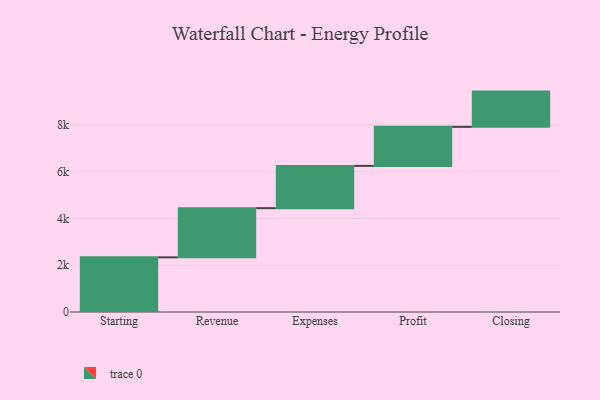
{"axis": {"x": "Step", "y": "Value"}, "legend": [""], "data": [{"x": "Starting", "y": 2339.0, "type": ""}, {"x": "Revenue", "y": 2103.0, "type": ""}, {"x": "Expenses", "y": 1808.0, "type": ""}, {"x": "Profit", "y": 1670.0, "type": ""}, {"x": "Closing", "y": 1508.0, "type": ""}]}